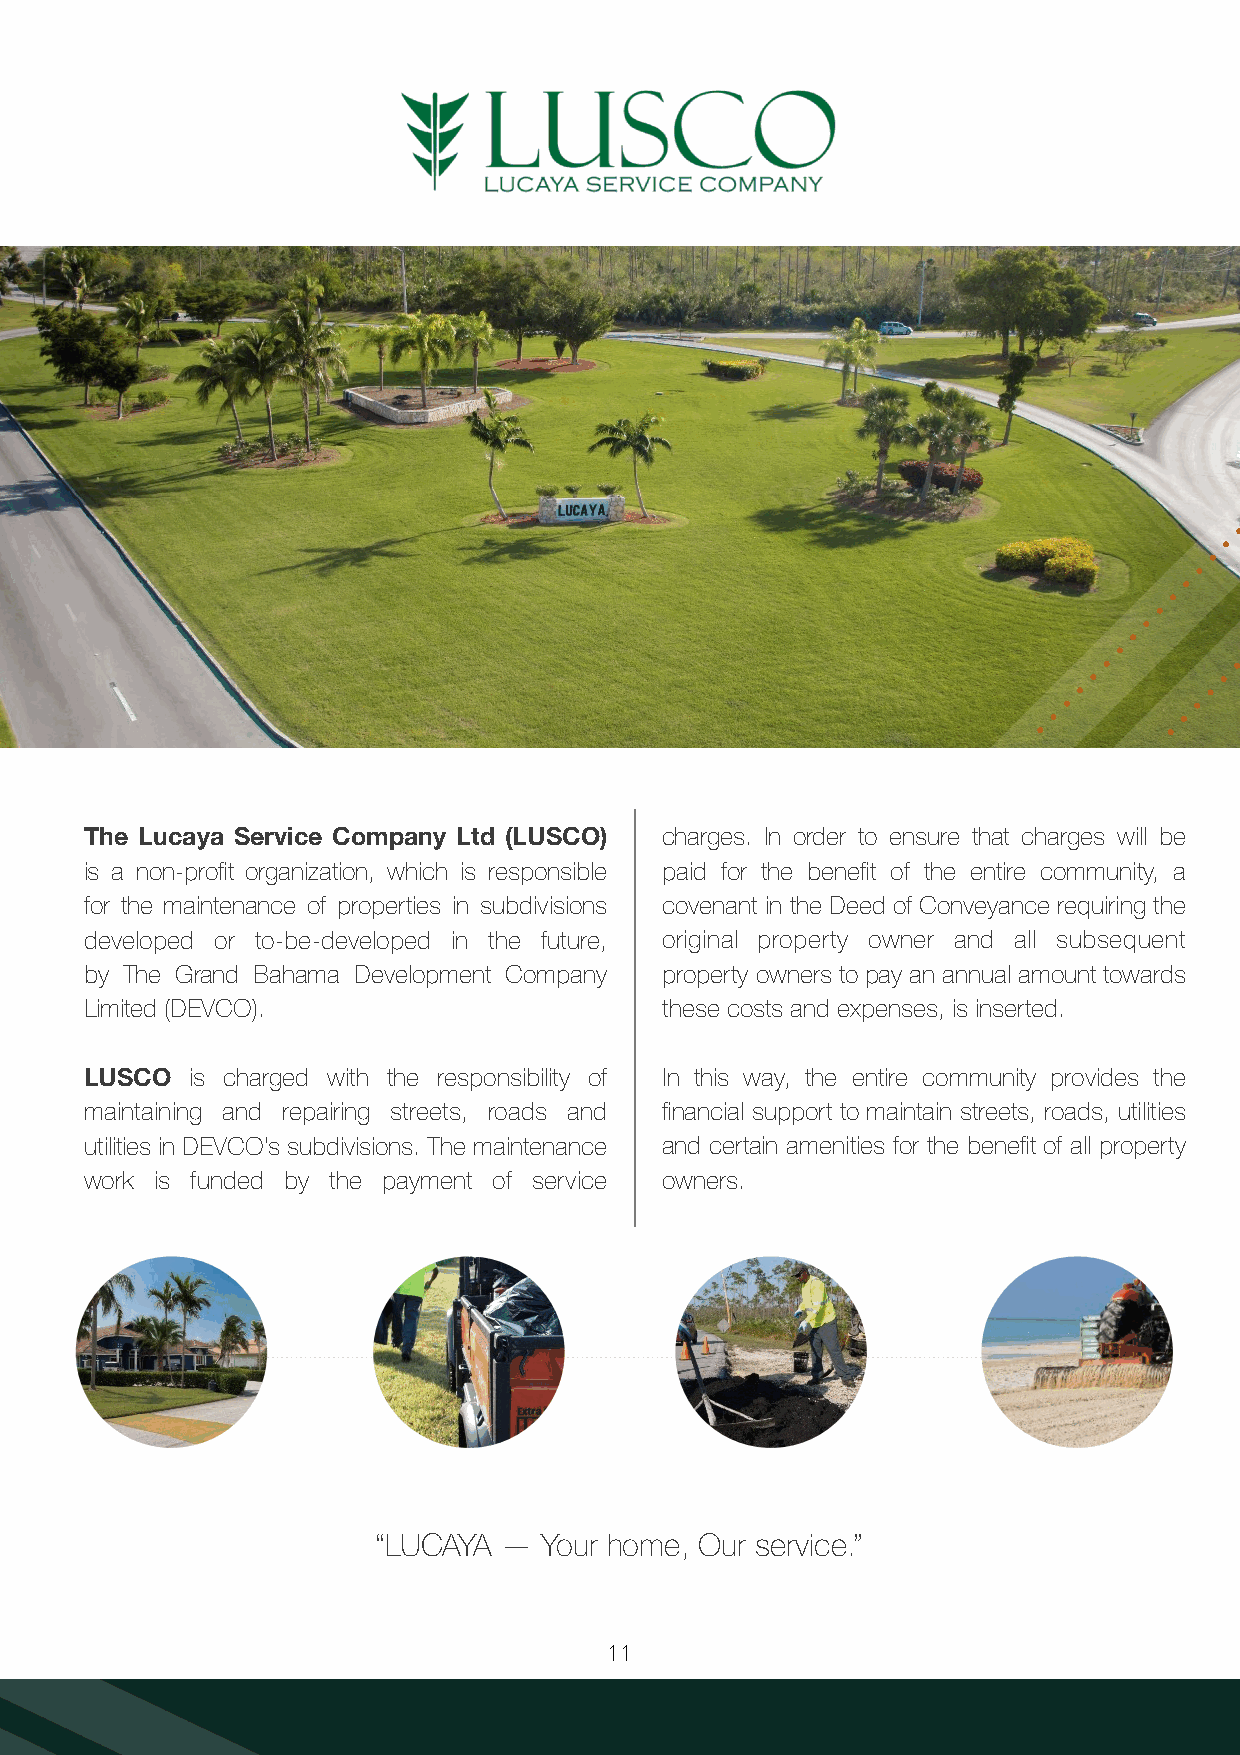
The Lucaya Service Company Ltd (LUSCO) charges. In order to ensure that charges will be
 is a non-profit organization, which is responsible paid for the benefit of the entire community, a
 for the maintenance of properties in subdivisions covenant in the Deed of Conveyance requiring the
 developed or to-be-developed in the future, original property owner and all subsequent
 by The Grand Bahama Development Company property owners to pay an annual amount towards
 Limited (DEVCO).                      these costs and expenses, is inserted.
 LUSCO  is charged with the responsibility of In this way, the entire community provides the
 maintaining and repairing streets, roads and financial support to maintain streets, roads, utilities
 utilities in DEVCO’s subdivisions. The maintenance and certain amenities for the benefit of all property
 work is funded by the payment of service owners.
 “LUCAYA —  Your home, Our service.”
 11